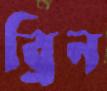
ব্রিন